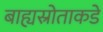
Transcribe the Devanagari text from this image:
बाह्यस्रोताकडे